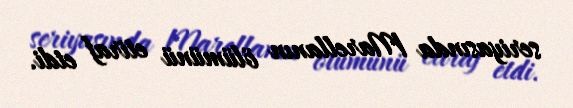
seriyasında Marellanın ölümünü etiraf etdi.